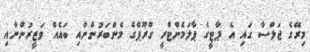
މިރޭގެ ޖަލްސާ ގައި އެ ޕާޓީގެ ޕާލަމެންޓްރީ ގްރޫޕްގެ މެންބަރުންނާއި ބައެއް ވަޒީރުންނާއި